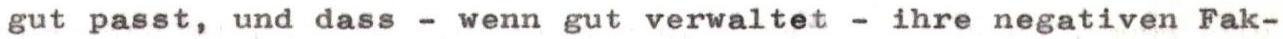
gut passt, und dass - wenn gut verwaltet - ihre negativen Fak-